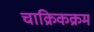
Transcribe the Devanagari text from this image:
चाक्रिकक्रम